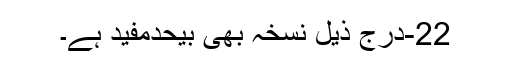
22-درج ذیل نسخہ بھی بیحدمفید ہے۔